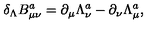
\delta _ { \Lambda } B _ { \mu \nu } ^ { a } = \partial _ { \mu } \Lambda _ { \nu } ^ { a } - \partial _ { \nu } \Lambda _ { \mu } ^ { a } ,